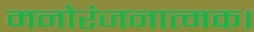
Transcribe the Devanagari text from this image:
मनोरंजनात्मक।